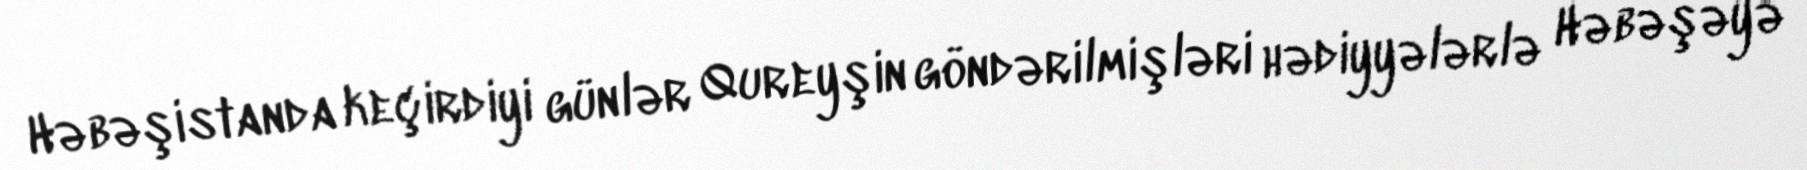
Həbəşistanda keçirdiyi günlər Qureyşin göndərilmişləri hədiyyələrlə Həbəşəyə